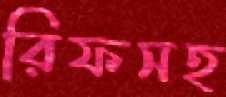
রিফসহ